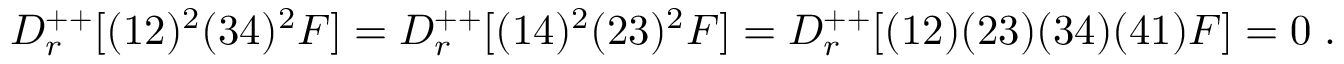
D _ { r } ^ { + + } [ ( 1 2 ) ^ { 2 } ( 3 4 ) ^ { 2 } { \cal F } ] = D _ { r } ^ { + + } [ ( 1 4 ) ^ { 2 } ( 2 3 ) ^ { 2 } { \cal F } ] = D _ { r } ^ { + + } [ ( 1 2 ) ( 2 3 ) ( 3 4 ) ( 4 1 ) { \cal F } ] = 0 \; .